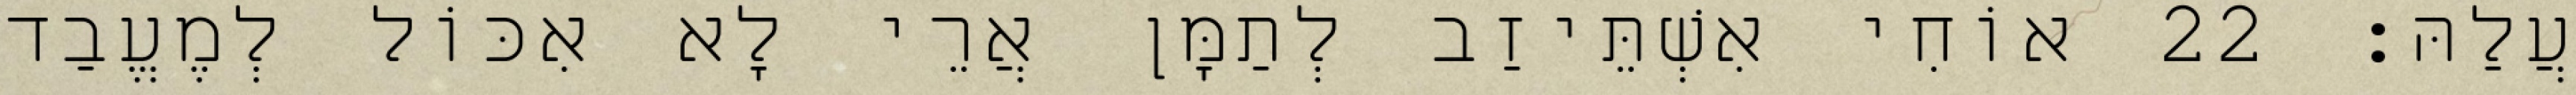
עֲלַהּ׃ 22 אוֹחִי אִשְׁתֵּיזַב לְתַמָּן אֲרֵי לָא אִכּוֹל לְמֶעֱבַד